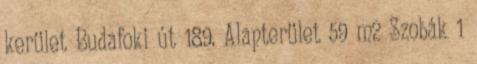
kerület Budafoki út 189. Alapterület 59 m2 Szobák 1